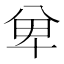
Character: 𭁏